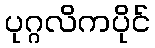
ပုဂ္ဂလိကပိုင်